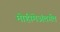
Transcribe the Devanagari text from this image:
मोहीमेअंतर्गत